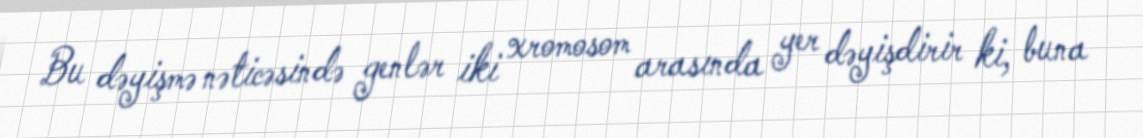
Bu dəyişmə nəticəsində genlər iki xromosom arasında yer dəyişdirir ki, buna